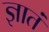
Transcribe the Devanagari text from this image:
ज्ञातं